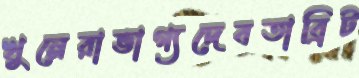
খুনেরাভাগ্যদেবতাব্রিট